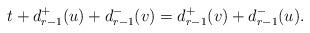
LaTeX: \begin{align*}t+d_{r-1}^+(u)+d_{r-1}^-(v)=d_{r-1}^+(v)+d_{r-1}^-(u).\end{align*}